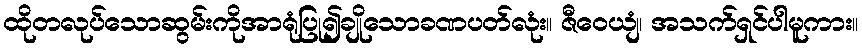
ထိုတလုပ်သောဆွမ်းကိုအာရုံပြု၍ချိုသောခဏပတ်လုံး။ ဇီဝေယျံ၊ အသက်ရှင်ပါမူကား။